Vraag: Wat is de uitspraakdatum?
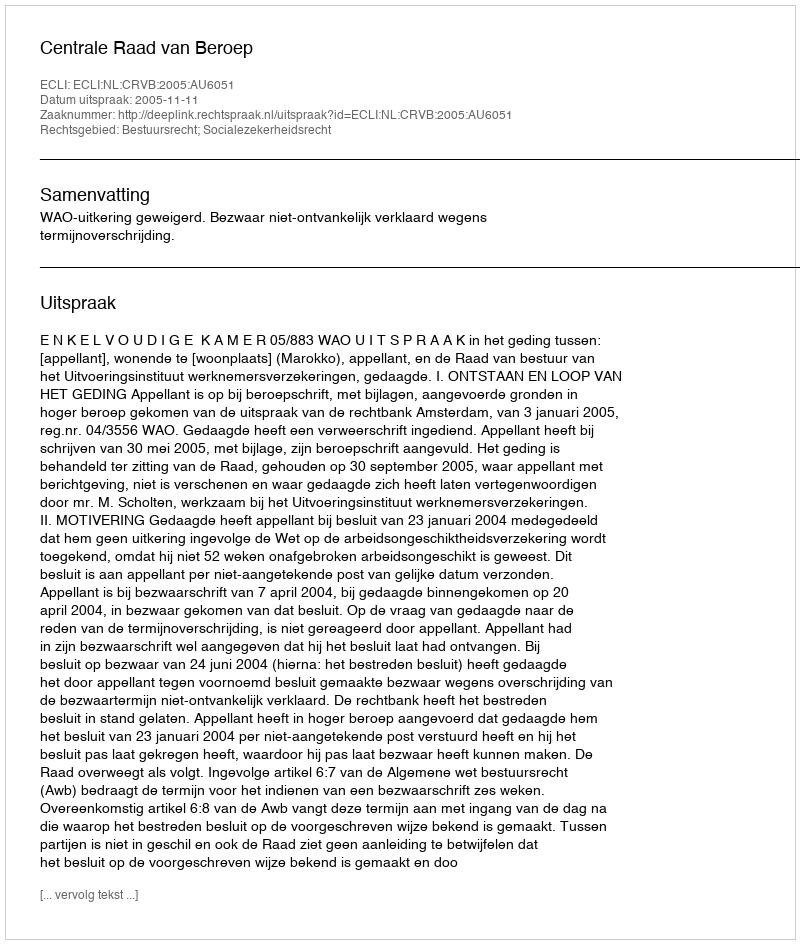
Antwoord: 2005-11-11